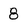
Character: 8